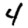
Digit: 4